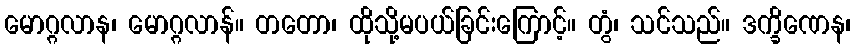
မောဂ္ဂလာန၊ မောဂ္ဂလာန်။ တတော၊ ထိုသို့မပယ်ခြင်းကြောင့်။ တွံ၊ သင်သည်။ ဒက္ခိဏေန၊